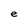
Character: e